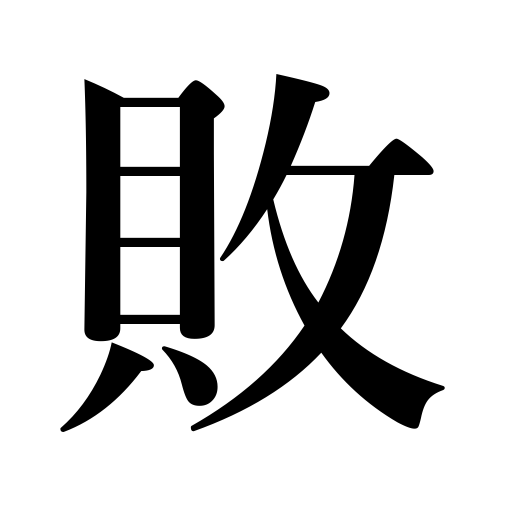
Meanings: be defeated,defeat,reversal